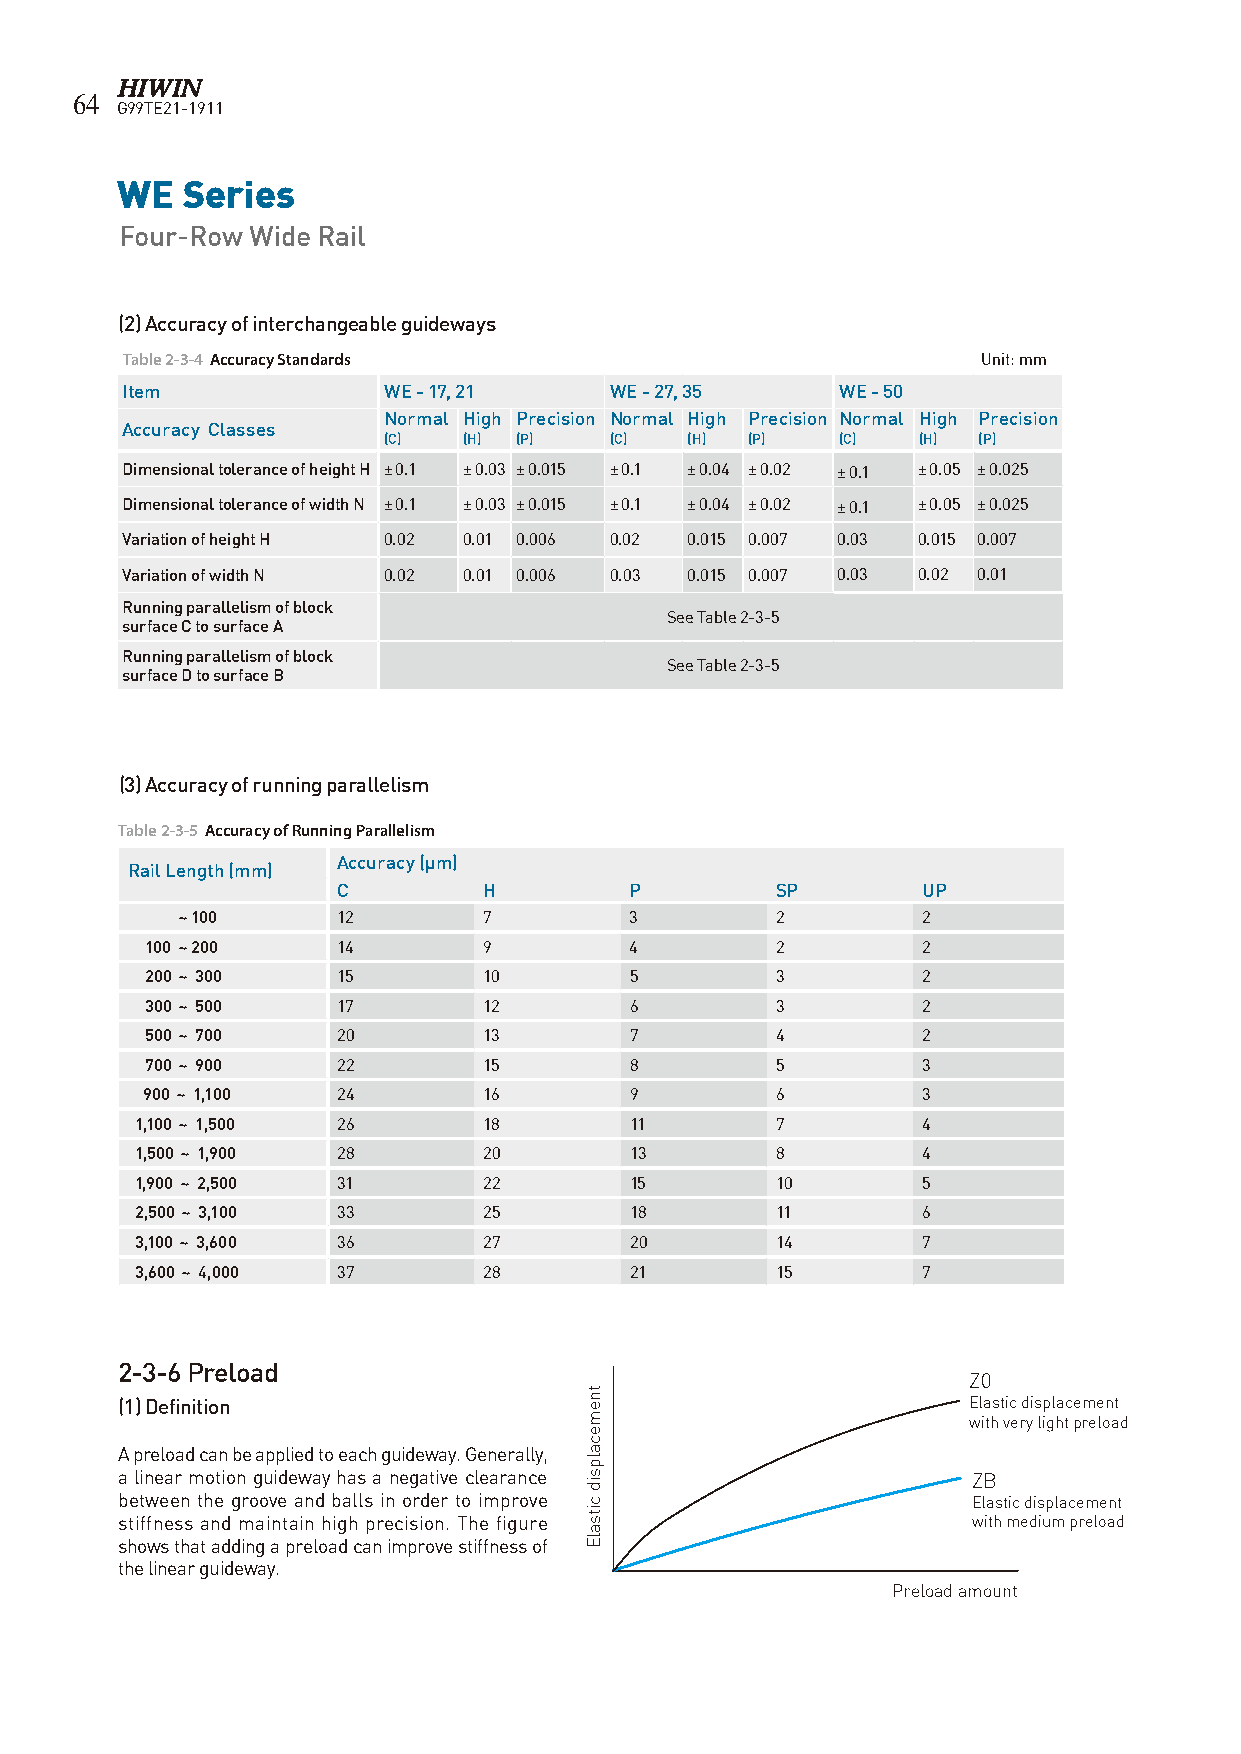
64
 G99TE21-1911
 WE  Series
 Four-Row Wide Rail
 (2) Accuracy of interchangeable guideways
 Table 2-3-4 Accuracy Standards                           Unit: mm
 Item             WE - 17, 21    WE - 27, 35     WE - 50
 Normal High Precision Normal High Precision Normal High Precision
 Accuracy Classes
 (C)   (H) (P)  (C)  (H) (P)    (C)  (H) (P)
 Dimensional tolerance of height H ± 0.1 ± 0.03 ± 0.015 ± 0.1 ± 0.04 ± 0.02 ± 0.1 ± 0.05 ± 0.025
 Dimensional tolerance of width N ± 0.1 ± 0.03 ± 0.015 ± 0.1 ± 0.04 ± 0.02 ± 0.1 ± 0.05 ± 0.025
 Variation of height H 0.02 0.01 0.006 0.02 0.015 0.007 0.03 0.015 0.007
 Variation of width N 0.02 0.01 0.006 0.03 0.015 0.007 0.03 0.02 0.01
 Running parallelism of block
 See Table 2-3-5
 surface C to surface A
 Running parallelism of block
 See Table 2-3-5
 surface D to surface B
 (3) Accuracy of running parallelism
 Table 2-3-5 Accuracy of Running Parallelism
 Accuracy (µm)
 Rail Length (mm)
 C         H         P        SP        UP
 ~ 100     12        7         3        2         2
 100 ~ 200   14        9         4        2         2
 200 ~ 300   15        10        5        3         2
 300 ~ 500   17        12        6        3         2
 500 ~ 700   20        13        7        4         2
 700 ~ 900   22        15        8        5         3
 900 ~ 1,100  24        16        9        6         3
 1,100 ~ 1,500 26       18        11       7         4
 1,500 ~ 1,900 28       20        13       8         4
 1,900 ~ 2,500 31       22        15       10        5
 2,500 ~ 3,100 33       25        18       11        6
 3,100 ~ 3,600 36       27        20       14        7
 3,600 ~ 4,000 37       28        21       15        7
 2-3-6 Preload
 Z0
 (1) Definition                                          Elastic displacement
 with very light preload
 A preload can be applied to each guideway. Generally,
 a linear motion guideway has a negative clearance       ZB
 between the groove and balls in order to improve        Elastic displacement
 stiffness and maintain high precision. The figure       with medium preload
 shows that adding a preload can improve stiffness of
 the linear guideway.
 Preload amount
 tnemecalpsid
 citsalE